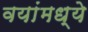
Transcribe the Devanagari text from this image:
वयांमध्ये